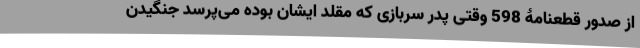
از صدور قطعنامۀ 598 وقتی پدر سربازی که مقلد ایشان بوده می‌پرسد جنگیدن